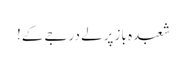
شعبدہ باز پرلے درجے کے!